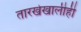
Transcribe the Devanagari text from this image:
तारखेखालीही